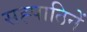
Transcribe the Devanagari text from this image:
सह्पाठिनें